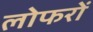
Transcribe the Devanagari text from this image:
लोफरों